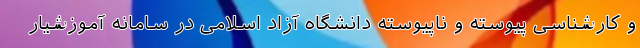
و کارشناسی پیوسته و ناپیوسته دانشگاه آزاد اسلامی در سامانه آموزشیار